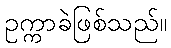
ဥက္ကာခဲဖြစ်သည်။